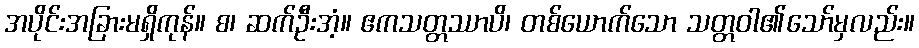
အပိုင်းအခြားမရှိကုန်။ စ၊ ဆက်ဦးအံ့။ ဧကသတ္တဿာပိ၊ တစ်ယောက်သော သတ္တဝါ၏သော်မှလည်း။